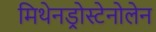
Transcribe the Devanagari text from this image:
मिथेनड्रोस्टेनोलेन